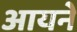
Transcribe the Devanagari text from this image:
आयने